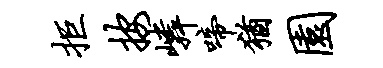
拒按嶙啼犹园